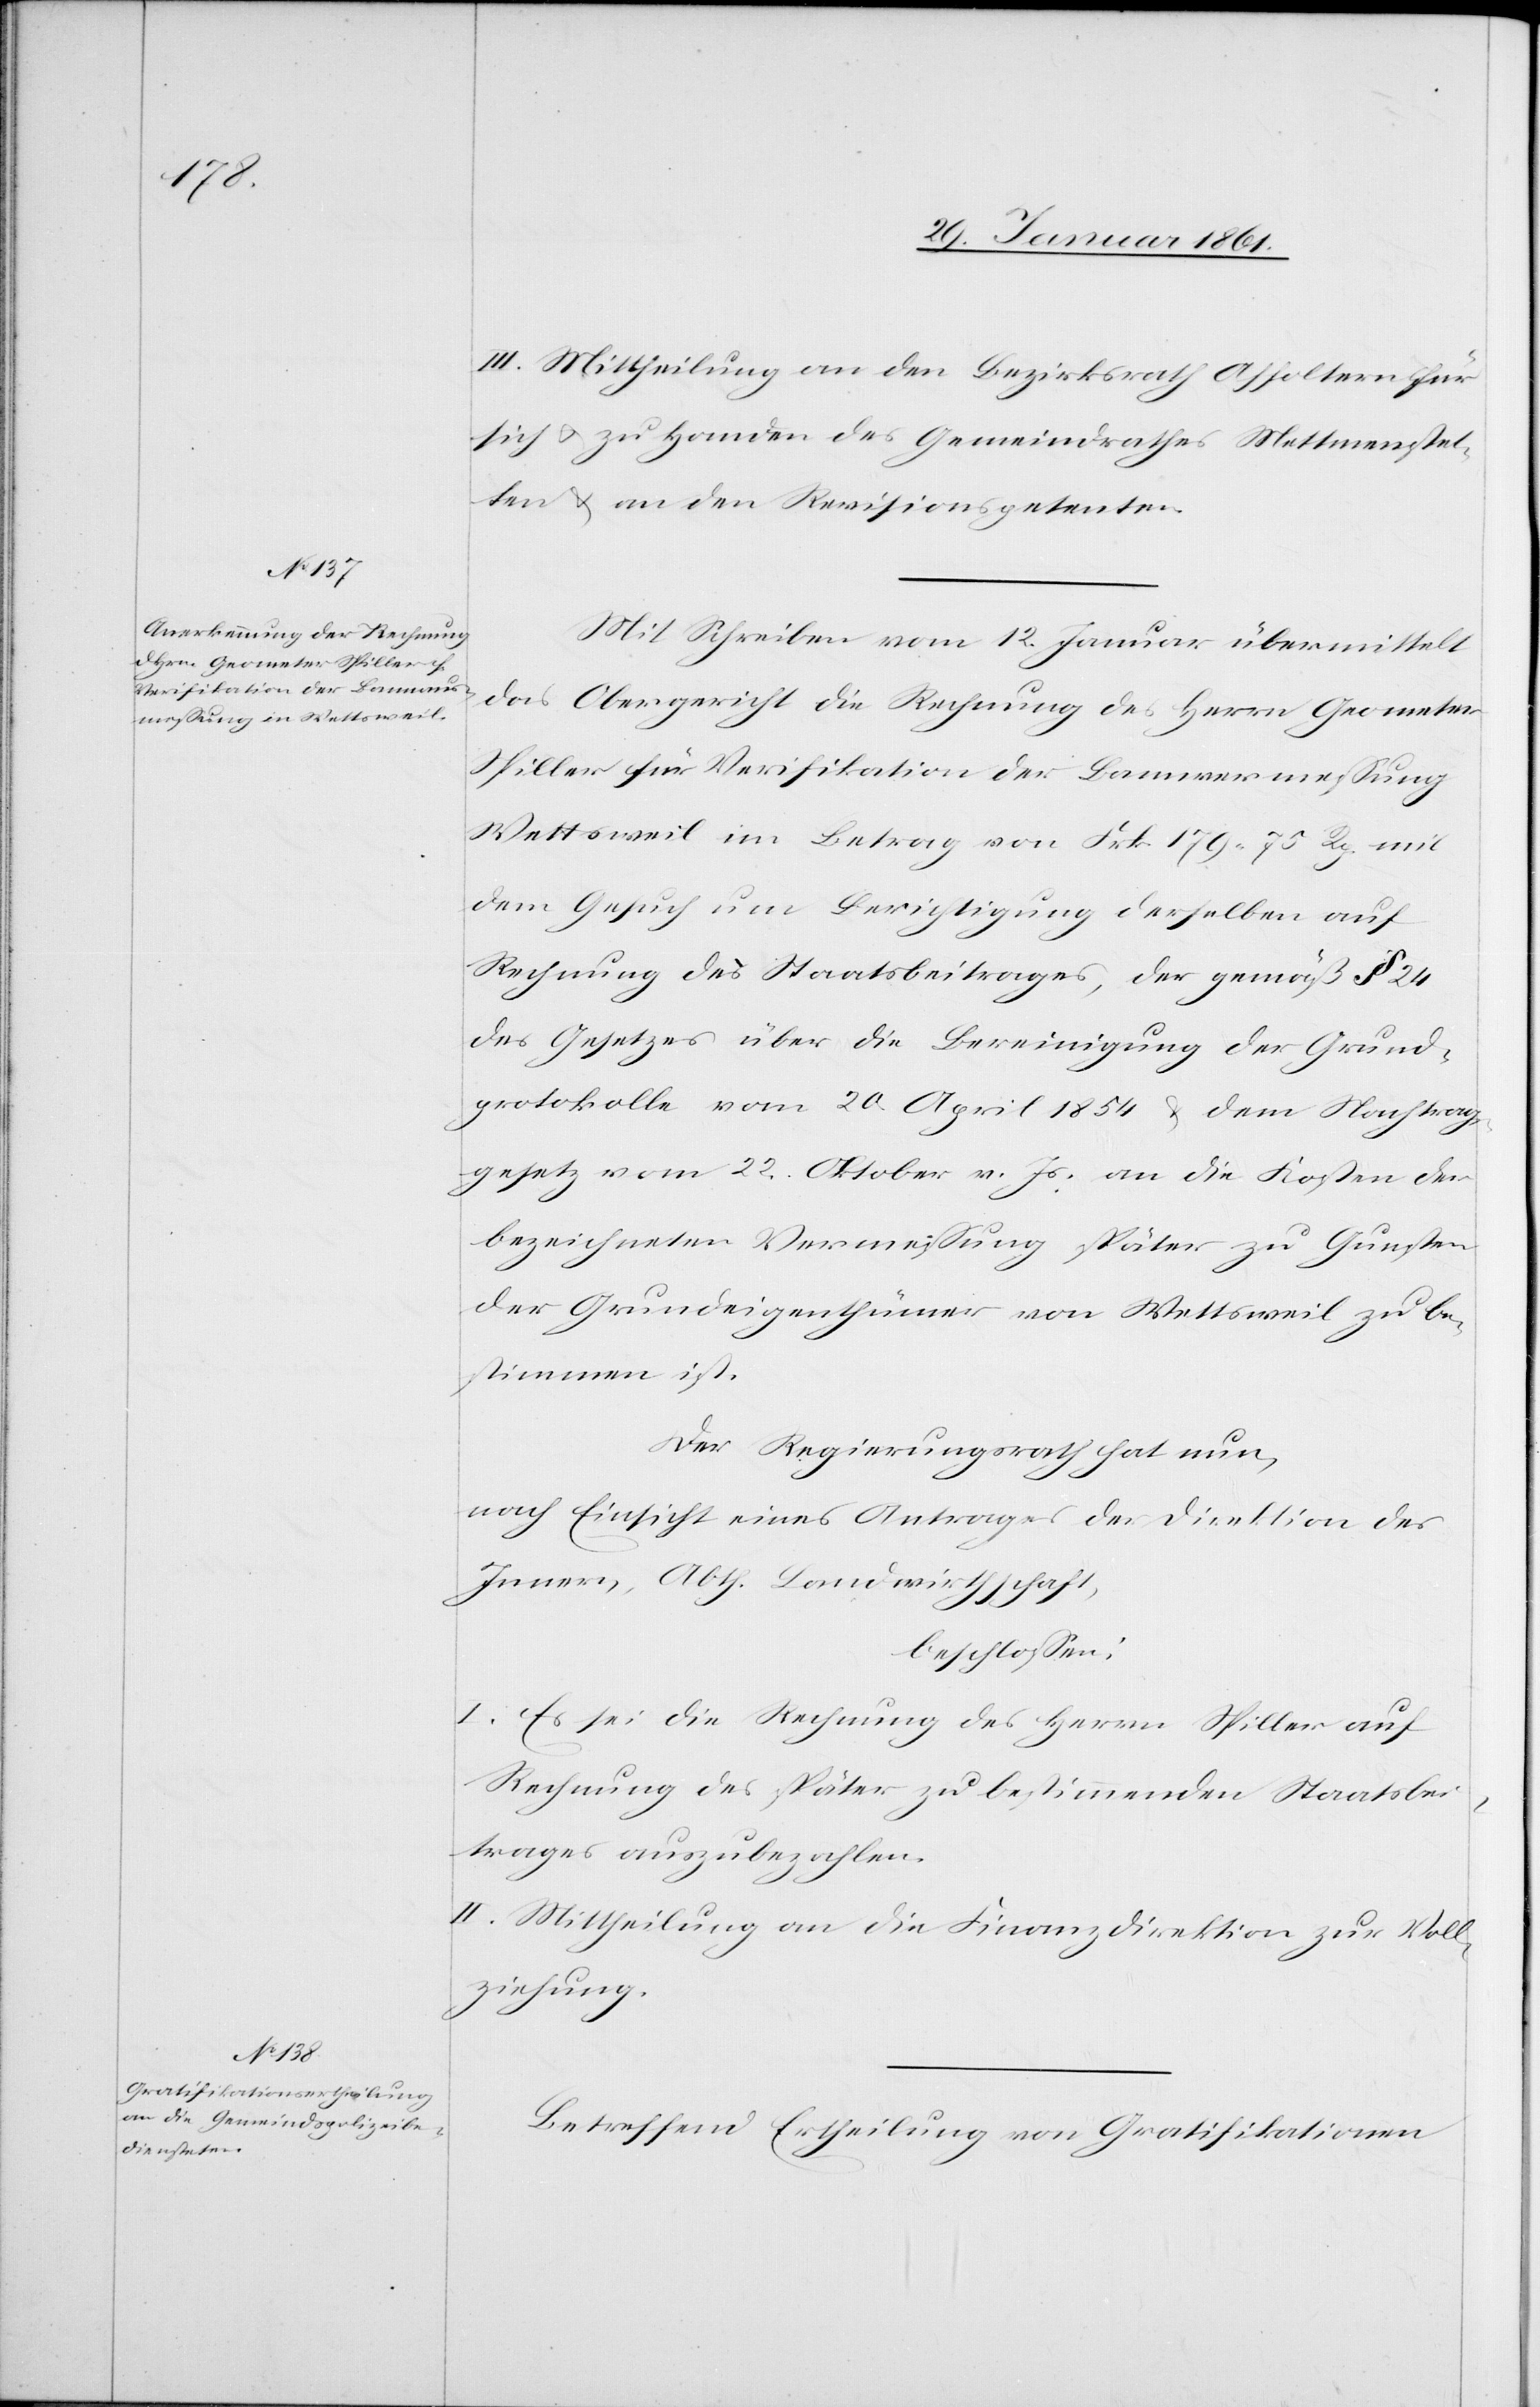
III. Mittheilung an den Bezirksrath Affoltern für
sich u. zu Handen des Gemeindrathes Mettmenstet¬
ten u. an den Revisionspetenten.
Mit Schreiben vom 12. Januar übermittelt
das Obergericht die Rechnung des Herrn Geometer
Spiller für Verifikation der Bannvermessung
Wettsweil im Betrag von Frk. 179 75 Rp. mit
dem Gesuch um Berichtigung derselben auf
Rechnung des Staatsbeitrages, der gemäß § 24
des Gesetzes über die Bereinigung der Grund¬
protokolle vom 20. April 1854 u. dem Nachtrag¬
gesetz vom 22. Oktober v. Js. an die Kosten der
bezeichneten Vermessung später zu Gunsten
der Grundeigenthümer von Wettsweil zu be¬
stimmen ist.
Der Regierungsrath hat nun,
nach Einsicht eines Antrages der Direktion des
Innern, Abth. Landwirthschaft,
beschlossen:
I. Es sei die Rechnung des Herrn Spiller auf
Rechnung des später zu bestimmenden Staatsbei¬
trages auszubezahlen.
II. Mittheilung an die Finanzdirektion zur Voll¬
ziehung.
Betreffend Ertheilung von Gratifikationen